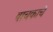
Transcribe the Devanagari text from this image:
वाचकाचे